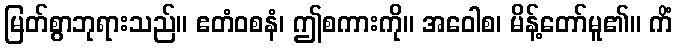
မြတ်စွာဘုရားသည်။ ဧတံဝစနံ၊ ဤစကားကို။ အဝေါစ၊ မိန့်တော်မူ၏။ ကိံ